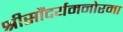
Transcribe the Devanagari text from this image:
श्रीसौंदर्यमनोरमा